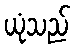
ယုံသည်